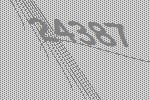
24387